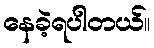
နေခဲ့ရပါတယ်။